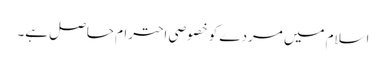
اسلام میں مردے کو خصوصی احترام حاصل ہے۔